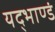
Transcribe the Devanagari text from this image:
यद्भाण्डं